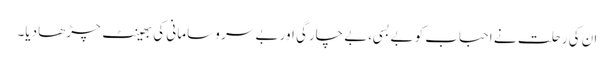
ان کی رحلت نے احباب کو بے بسی،بے چارگی اور بے سر و سامانی کی بھینٹ چڑھا دیا۔